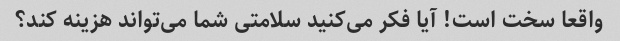
واقعا سخت است! آیا فکر می‌کنید سلامتی شما می‌تواند هزینه کند؟